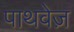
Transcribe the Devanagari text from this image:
पाथवेज़